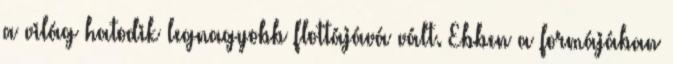
a világ hatodik legnagyobb flottájává vált. Ebben a formájában